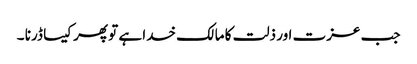
جب عزت اور ذلت کا مالک خدا ہے تو پھر کیسا ڈرنا ۔